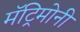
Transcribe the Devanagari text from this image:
मॅट्रिमोनी